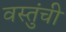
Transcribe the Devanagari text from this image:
वस्तुंची